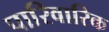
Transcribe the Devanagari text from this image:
पारिवारिक